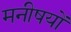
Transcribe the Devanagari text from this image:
मनीषयों